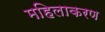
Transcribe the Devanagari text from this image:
महिलाकरण